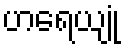
ဟရေယျုံ